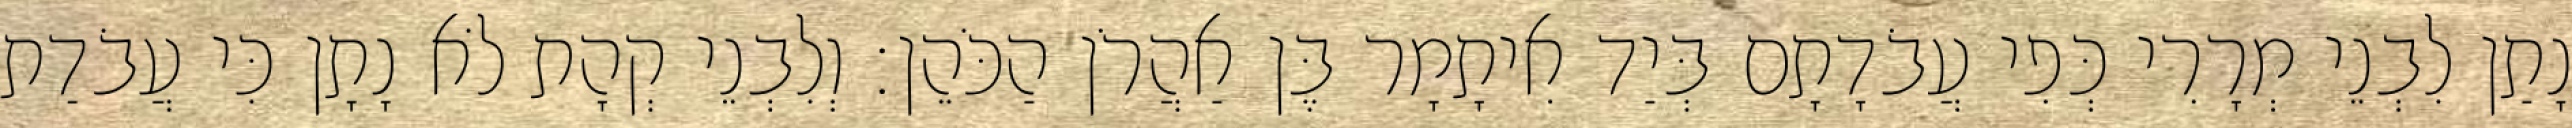
נָתַן לִבְנֵי מְרָרִי כְּפִי עֲבֹדָתָם בְּיַד אִיתָמָר בֶּן אַהֲרֹן הַכֹּהֵן׃ וְלִבְנֵי קְהָת לֹא נָתָן כִּי עֲבֹדַת